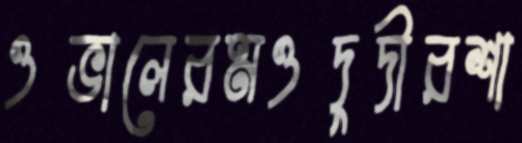
ওভালেরমওদুদীরশা